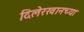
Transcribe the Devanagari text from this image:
दिलेरखानच्या